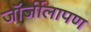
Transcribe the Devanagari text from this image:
जॉर्जीलापण